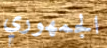
الجمهوري